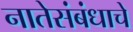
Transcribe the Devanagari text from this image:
नातेसंबंधाचे